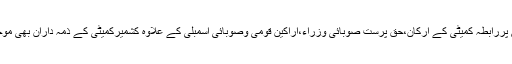
اس موقع پررابطہ کمیٹی کے ارکان،حق پرست صوبائی وزراء،اراکین قومی وصوبائی اسمبلی کے علاوہ کشمیرکمیٹی کے ذمہ داران بھی موجودتھے۔